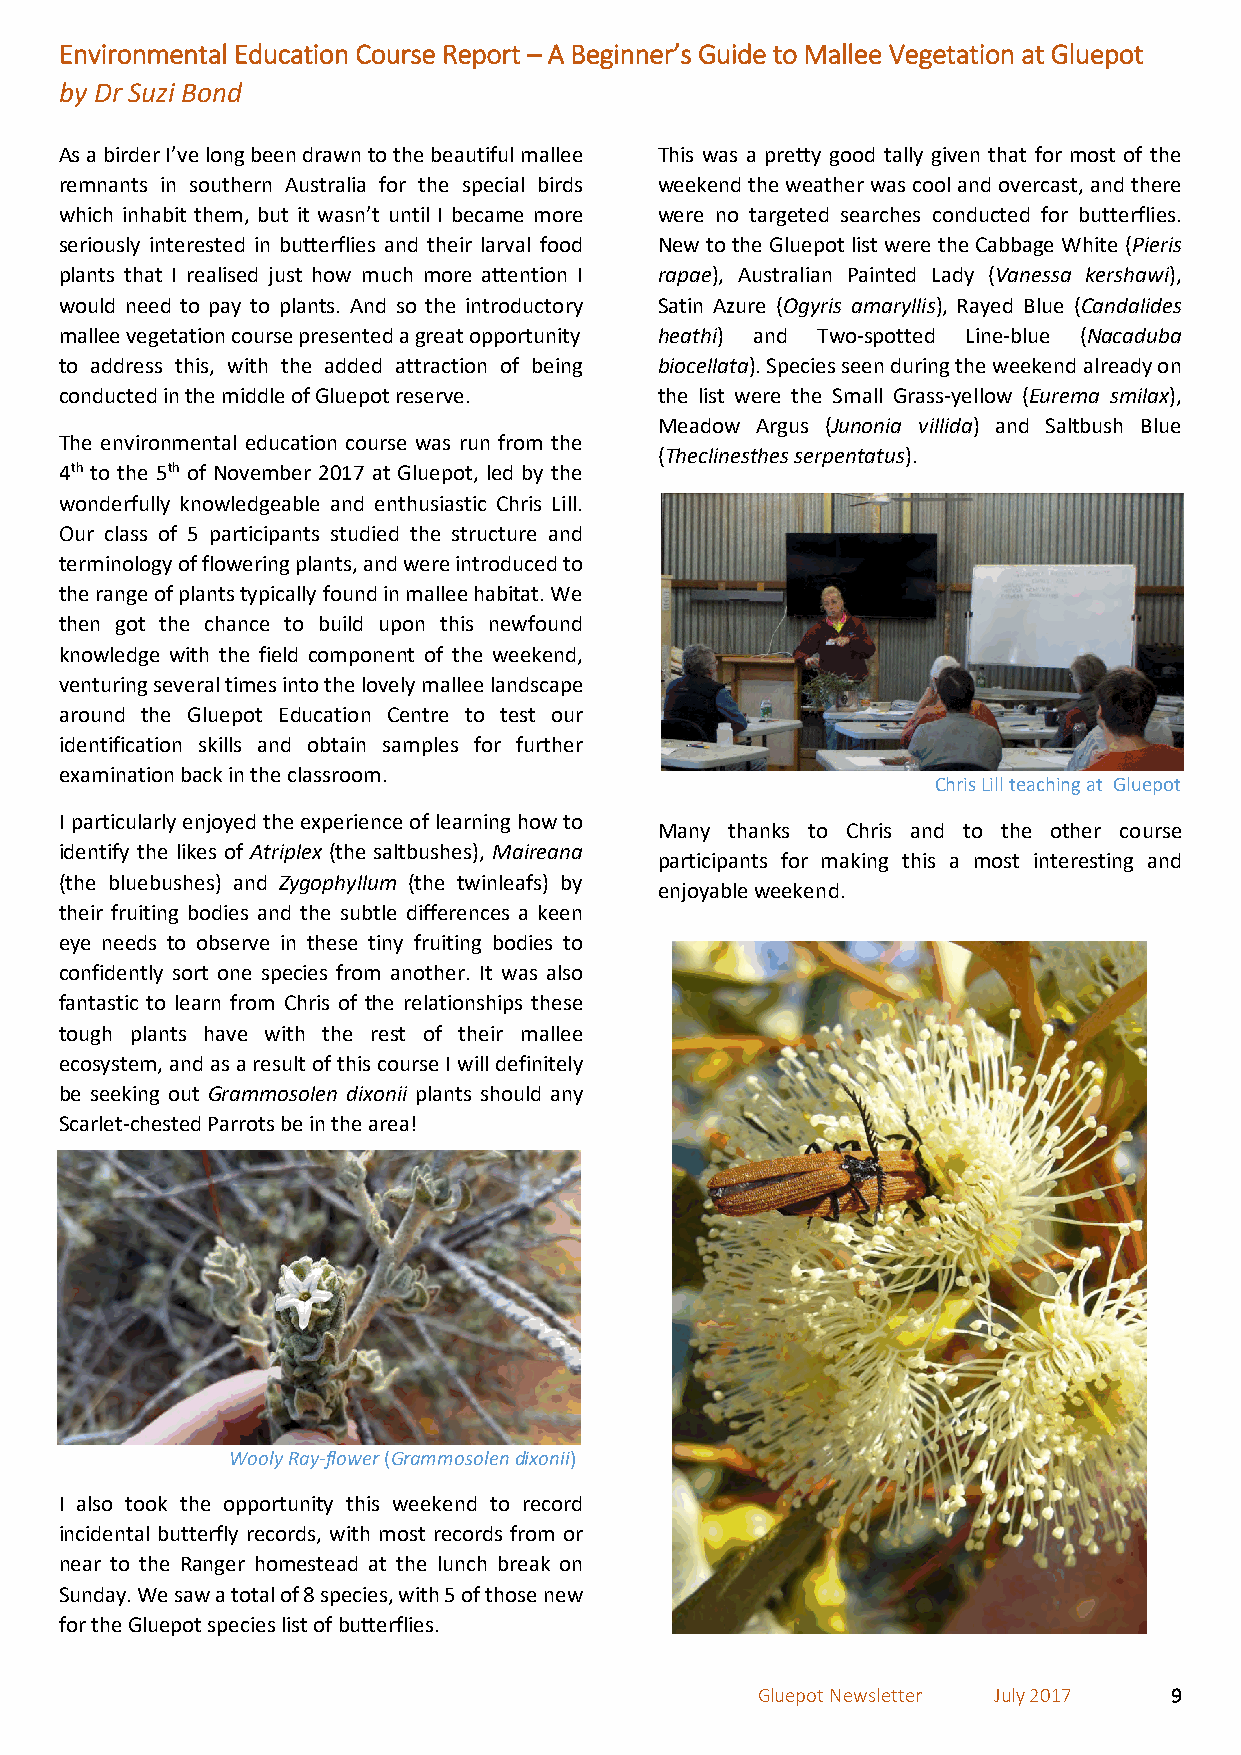
Environmental Education Course Report – A Beginner’s Guide to Mallee Vegetation at Gluepot
 by Dr Suzi Bond
 As a birder I’ve long been drawn to the beautiful mallee This was a pretty good tally given that for most of the
 remnants in southern Australia for the special birds weekend the weather was cool and overcast, and there
 which inhabit them, but it wasn’t until I became more were no targeted searches conducted for butterflies.
 seriously interested in butterflies and their larval food New to the Gluepot list were the Cabbage White (Pieris
 plants that I realised just how much more attention I rapae), Australian Painted Lady (Vanessa kershawi),
 would need to pay to plants. And so the introductory Satin Azure (Ogyris amaryllis), Rayed Blue (Candalides
 mallee vegetation course presented a great opportunity heathi) and Two-spotted Line-blue (Nacaduba
 to address this, with the added attraction of being biocellata). Species seen during the weekend already on
 conducted in the middle of Gluepot reserve. the list were the Small Grass-yellow (Eurema smilax),
 Meadow Argus (Junonia villida) and Saltbush Blue
 The environmental education course was run from the
 (Theclinesthes serpentatus).
 4th to the 5th of November 2017 at Gluepot, led by the
 wonderfully knowledgeable and enthusiastic Chris Lill.
 Our class of 5 participants studied the structure and
 terminology of flowering plants, and were introduced to
 the range of plants typically found in mallee habitat. We
 then got the chance to build upon this newfound
 knowledge with the field component of the weekend,
 venturing several times into the lovely mallee landscape
 around the Gluepot Education Centre to test our
 identification skills and obtain samples for further
 examination back in the classroom.
 Chris Lill teaching at Gluepot
 I particularly enjoyed the experience of learning how to
 Many thanks to Chris and to the other course
 identify the likes of Atriplex (the saltbushes), Maireana
 participants for making this a most interesting and
 (the bluebushes) and Zygophyllum (the twinleafs) by
 enjoyable weekend.
 their fruiting bodies and the subtle differences a keen
 eye needs to observe in these tiny fruiting bodies to
 confidently sort one species from another. It was also
 fantastic to learn from Chris of the relationships these
 tough plants have with the rest of their mallee
 ecosystem, and as a result of this course I will definitely
 be seeking out Grammosolen dixonii plants should any
 Scarlet-chested Parrots be in the area!
 Wooly Ray-flower (Grammosolen dixonii)
 I also took the opportunity this weekend to record
 incidental butterfly records, with most records from or
 near to the Ranger homestead at the lunch break on
 Sunday. We saw a total of 8 species, with 5 of those new
 for the Gluepot species list of butterflies.
 Gluepot Newsletter July 2017 9